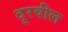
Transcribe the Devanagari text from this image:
दूरवील